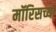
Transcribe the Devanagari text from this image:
मॉरिसच्या